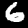
Label: 6